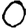
Digit: 0